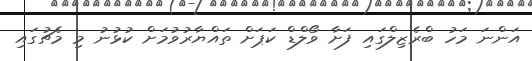
އަންނަ މަހު ބްރެޒިލްގައި ފަށާ ވޯލްޑް ކަޕަށް ތައްޔާރުވުމަށް ކުޅުނު މި މެޗުގައި